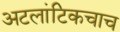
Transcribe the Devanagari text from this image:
अटलांटिकचाच